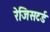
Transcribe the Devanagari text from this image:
रेजिसटर्ड